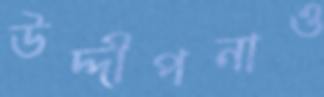
উদ্দীপনাও